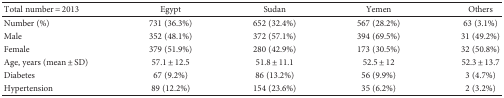
<table><thead><tr><td><b>Total number = 2013</b></td><td><b>Egypt</b></td><td><b>Sudan</b></td><td><b>Yemen</b></td><td><b>Others</b></td></tr></thead><tbody><tr><td>Number (%)</td><td>731 (36.3%)</td><td>652 (32.4%)</td><td>567 (28.2%)</td><td>63 (3.1%)</td></tr><tr><td>Male</td><td>352 (48.1%)</td><td>372 (57.1%)</td><td>394 (69.5%)</td><td>31 (49.2%)</td></tr><tr><td>Female</td><td>379 (51.9%)</td><td>280 (42.9%)</td><td>173 (30.5%)</td><td>32 (50.8%)</td></tr><tr><td>Age, years (mean ± SD)</td><td>57.1 ± 12.5</td><td>51.8 ± 11.1</td><td>52.5 ± 12</td><td>52.3 ± 13.7</td></tr><tr><td>Diabetes</td><td>67 (9.2%)</td><td>86 (13.2%)</td><td>56 (9.9%)</td><td>3 (4.7%)</td></tr><tr><td>Hypertension</td><td>89 (12.2%)</td><td>154 (23.6%)</td><td>35 (6.2%)</td><td>2 (3.2%)</td></tr></tbody></table>